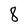
Character: 8